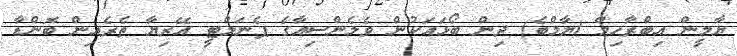
ޔާމީން އިބްރާހިމް (ޔާމްބެ) ދިން ބޯޅައަކުން ވެލެންސިއާގެ ޕެނަލްޓީ އޭރިޔާ ތެރެއިން ބޮންޑާ